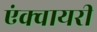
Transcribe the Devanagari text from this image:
एंक्वायरी